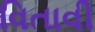
વિતાવી